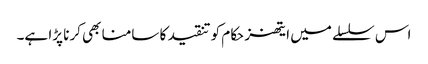
اس سلسلے میں ایتھنز حکام کو تنقید کا سامنا بھی کرنا پڑا ہے۔